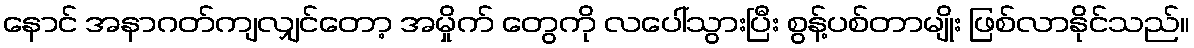
နောင် အနာဂတ်ကျလျှင်တော့ အမှိုက် တွေကို လပေါ်သွားပြီး စွန့်ပစ်တာမျိုး ဖြစ်လာနိုင်သည်။